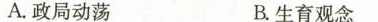
A.政局动荡 B.生育观念